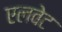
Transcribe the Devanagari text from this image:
एलवेट